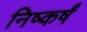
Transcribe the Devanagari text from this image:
निष्कर्षं